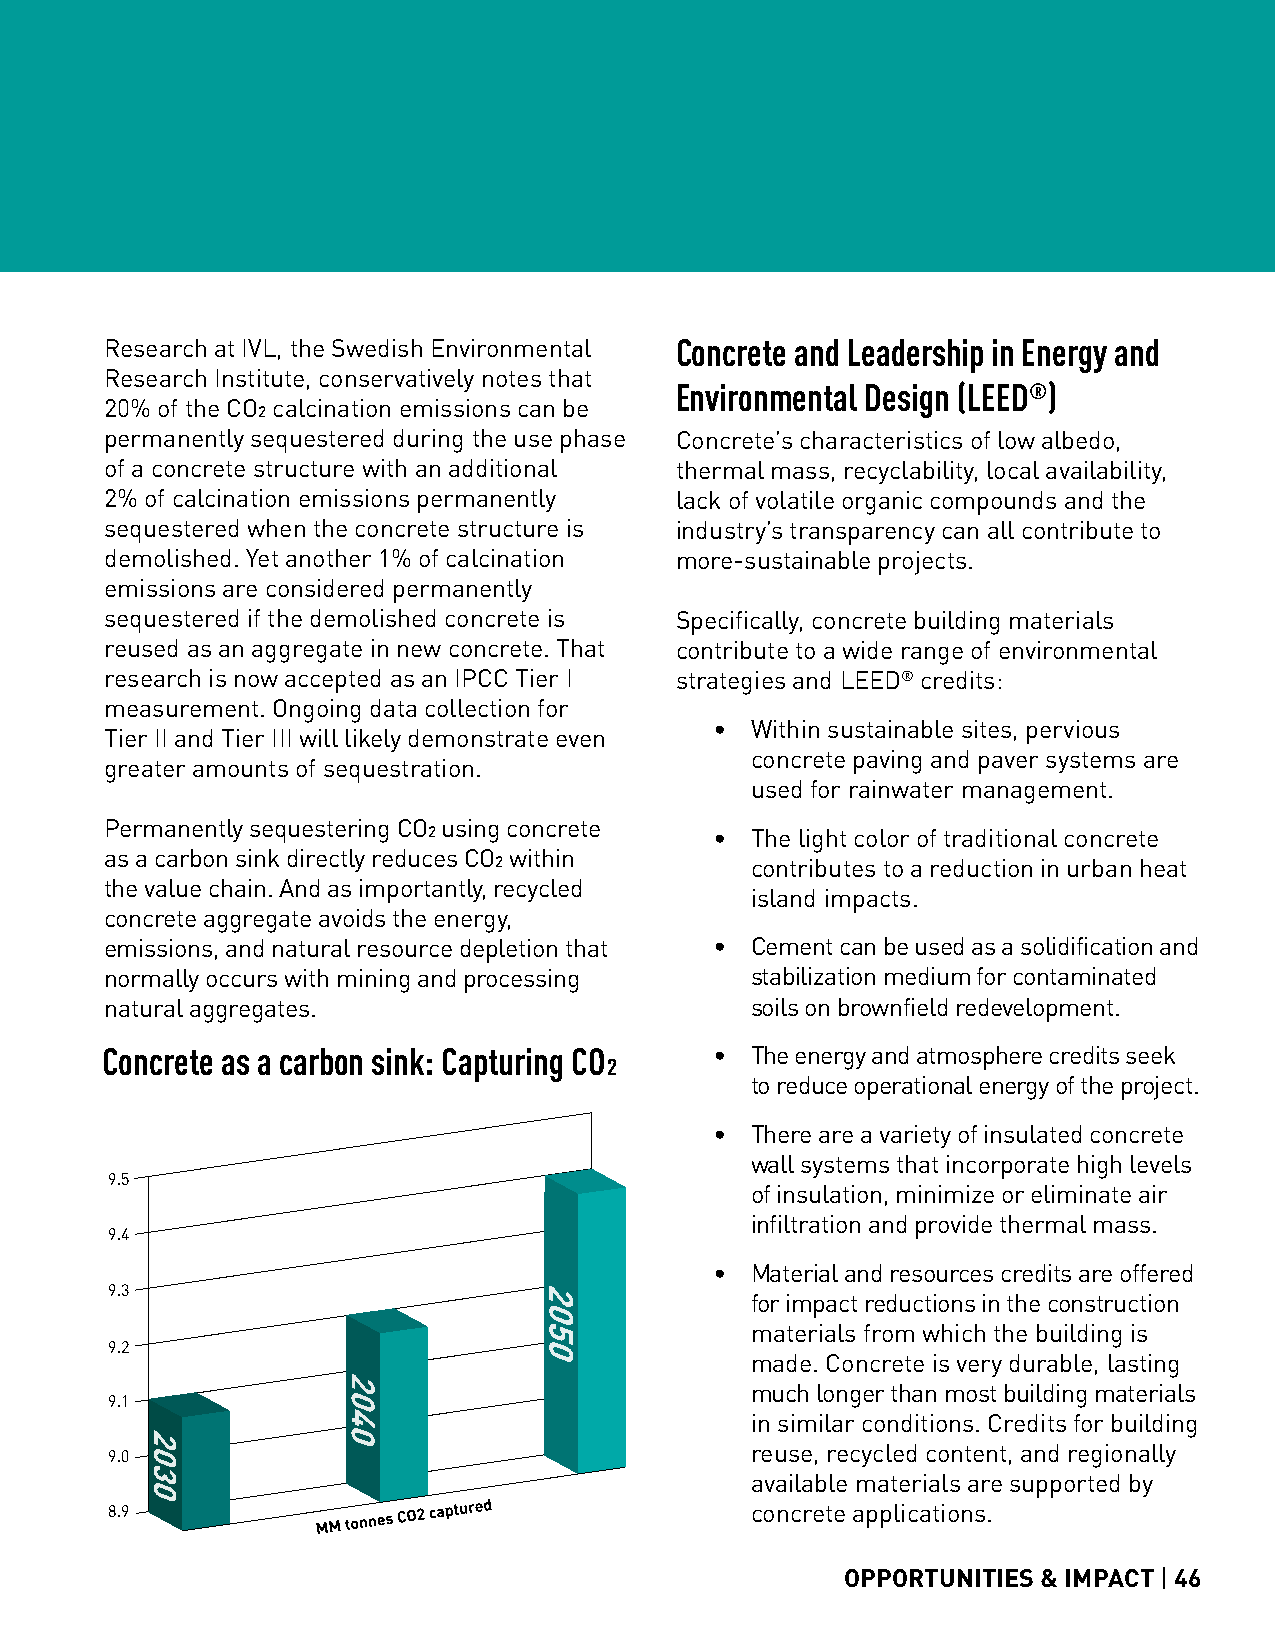
Research at IVL, the Swedish Environmental Concrete and Leadership in Energy and
 Research Institute, conservatively notes that
 Environmental Design (LEED®)
 20% of the CO2 calcination emissions can be
 permanently sequestered during the use phase Concrete’s characteristics of low albedo,
 of a concrete structure with an additional thermal mass, recyclability, local availability,
 2% of calcination emissions permanently lack of volatile organic compounds and the
 sequestered when the concrete structure is industry’s transparency can all contribute to
 demolished. Yet another 1% of calcination more-sustainable projects.
 emissions are considered permanently
 sequestered if the demolished concrete is Specifically, concrete building materials
 reused as an aggregate in new concrete. That contribute to a wide range of environmental
 research is now accepted as an IPCC Tier I strategies and LEED® credits:
 measurement. Ongoing data collection for
 •  Within sustainable sites, pervious
 Tier II and Tier III will likely demonstrate even
 concrete paving and paver systems are
 greater amounts of sequestration.
 used for rainwater management.
 Permanently sequestering CO2 using concrete
 •  The light color of traditional concrete
 as a carbon sink directly reduces CO2 within
 contributes to a reduction in urban heat
 the value chain. And as importantly, recycled
 island impacts.
 concrete aggregate avoids the energy,
 emissions, and natural resource depletion that • Cement can be used as a solidification and
 normally occurs with mining and processing stabilization medium for contaminated
 natural aggregates.                        soils on brownfield redevelopment.
 Concrete as a carbon sink: Capturing CO2 • The energy and atmosphere credits seek
 to reduce operational energy of the project.
 •  There are a variety of insulated concrete
 wall systems that incorporate high levels
 9.5
 of insulation, minimize or eliminate air
 infiltration and provide thermal mass.
 9.4
 •  Material and resources credits are offered
 9.3
 for impact reductions in the construction
 materials from which the building is
 9.2
 made. Concrete is very durable, lasting
 much longer than most building materials
 9.1
 in similar conditions. Credits for building
 reuse, recycled content, and regionally
 9.0
 available materials are supported by
 8.9                                        concrete applications.
 OPPORTUNITIES & IMPACT | 46